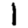
Digit: 1